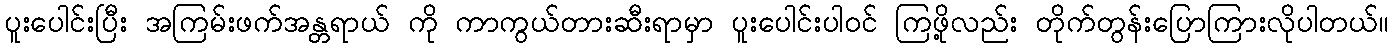
ပူးပေါင်းပြီး အကြမ်းဖက်အန္တရာယ် ကို ကာကွယ်တားဆီးရာမှာ ပူးပေါင်းပါဝင် ကြဖို့လည်း တိုက်တွန်းပြောကြားလိုပါတယ်။